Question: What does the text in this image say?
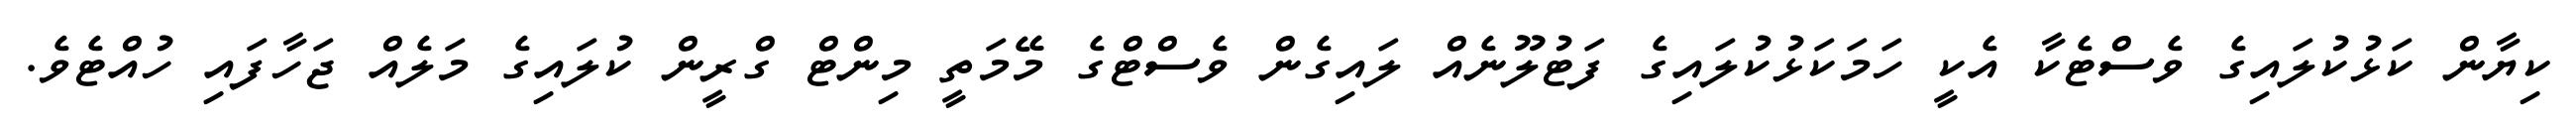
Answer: ކިޔާން ކަޅުކުލައިގެ ވެސްޓެކާ އެކީ ހަމަކަޅުކުލައިގެ ފަޓުލޫނެއް ލައިގެން ވެސްޓްގެ މޭމަތީ މިންޓް ގްރީން ކުލައިގެ މަލެއް ޖަހާފައި ހުއްޓެވެ.